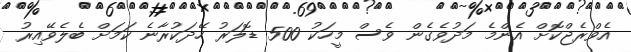
އެވްރެޖްކޮށް އެންމެ މަދުވެގެން ވެސް މީހަކު 500 ޑޮލަރު ހޭދަކުރާނެ ކަމަށް ބެލެވޭއިރު